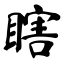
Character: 瞎